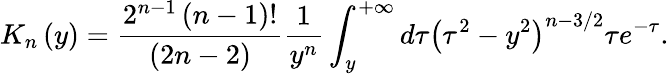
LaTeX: K_{n}\left(y\right)=\frac{2^{n-1}\left(n-1\right)!}{\left(2n-2\right)}\frac{1}{y^{n}}\int_{y}^{+\infty}d\tau\left(\tau^{2}-y^{2}\right)^{n-3/2}\tau e^{-\tau}.